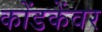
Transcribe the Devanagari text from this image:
कोंडकेंवर